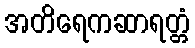
အတိရေကဆာရတ္တံ